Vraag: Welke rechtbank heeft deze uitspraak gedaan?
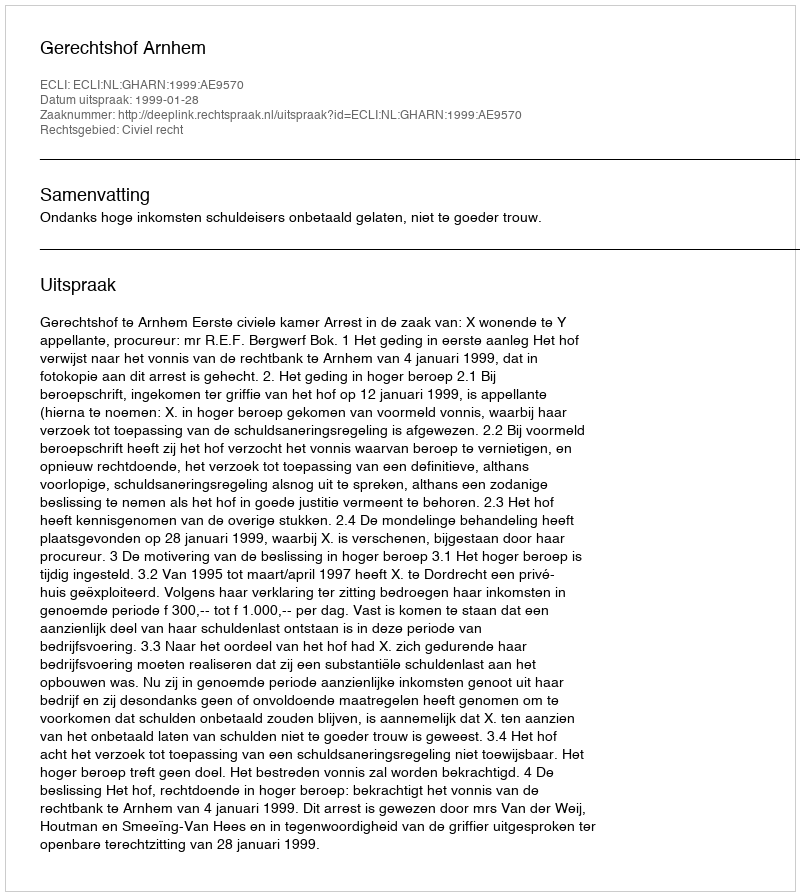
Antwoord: Gerechtshof Arnhem